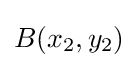
{\textstyle B(x_{2},y_{2})}